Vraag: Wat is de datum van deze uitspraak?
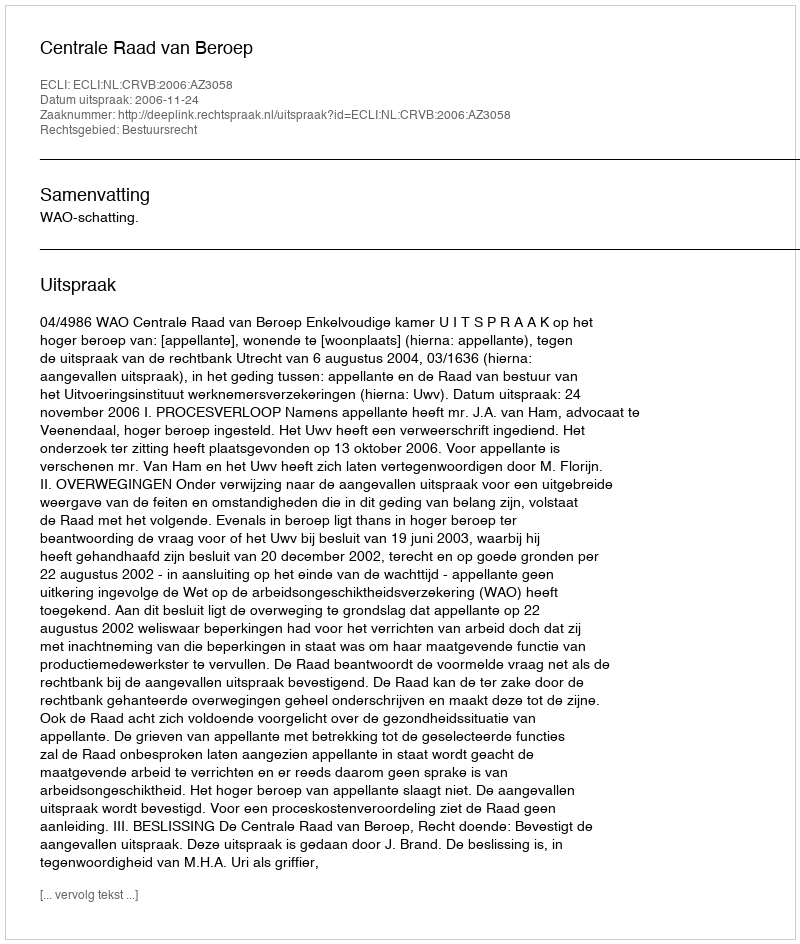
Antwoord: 2006-11-24